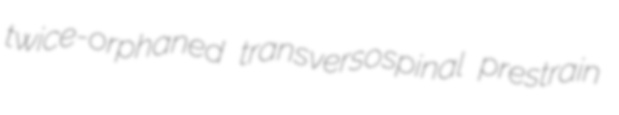
twice-orphaned transversospinal prestrain